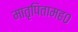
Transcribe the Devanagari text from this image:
मातृपितामह०